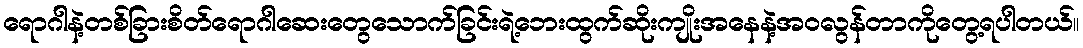
ရောဂါနဲ့တစ်ခြားစိတ်ရောဂါဆေးတွေသောက်ခြင်းရဲ့ဘေးထွက်ဆိုးကျိုးအနေနဲ့အဝလွန်တာကိုတွေ့ရပါတယ်။